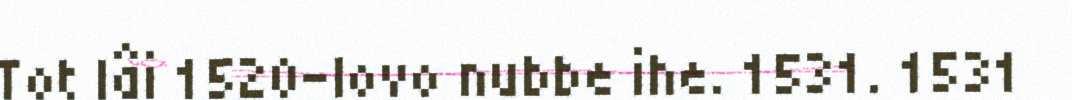
Tot lâi 1520-lovo nubbe ihe. 1531. 1531